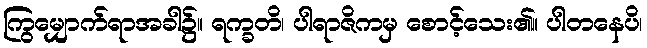
ကြွမျှောက်ရာအခါ၌။ ရက္ခတိ၊ ပါရာဇိကမှ စောင့်သေး၏။ ပါတနေပိ၊